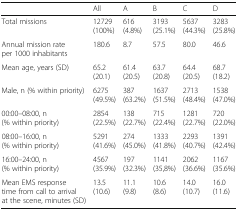
<table><thead><tr><td></td><td><b>All</b></td><td><b>A</b></td><td><b>B</b></td><td><b>C</b></td><td><b>D</b></td></tr></thead><tbody><tr><td>Total missions</td><td>12729 (100%)</td><td>616 (4.8%)</td><td>3193 (25.1%)</td><td>5637 (44.3%)</td><td>3283 (25.8%)</td></tr><tr><td>Annual mission rate per 1000 inhabitants</td><td>180.6</td><td>8.7</td><td>57.5</td><td>80.0</td><td>46.6</td></tr><tr><td>Mean age, years (SD)</td><td>65.2 (20.1)</td><td>61.4 (20.5)</td><td>63.7 (20.8)</td><td>64.4 (20.5)</td><td>68.7 (18.2)</td></tr><tr><td>Male, n (% within priority)</td><td>6275 (49.5%)</td><td>387 (63.2%)</td><td>1637 (51.5%)</td><td>2713 (48.4%)</td><td>1538 (47.0%)</td></tr><tr><td>00:00–08:00, n (% within priority)</td><td>2854 (22.5%)</td><td>138 (22.7%)</td><td>715 (22.4%)</td><td>1281 (22.7%)</td><td>720 (22.0%)</td></tr><tr><td>08:00–16:00, n (% within priority)</td><td>5291 (41.6%)</td><td>274 (45.0%)</td><td>1333 (41.8%)</td><td>2293 (40.7%)</td><td>1391 (42.4%)</td></tr><tr><td>16:00–24:00, n (% within priority)</td><td>4567 (35.9%)</td><td>197 (32.3%)</td><td>1141 (35,8%)</td><td>2062 (36.6%)</td><td>1167 (35.6%)</td></tr><tr><td>Mean EMS response time from call to arrival at the scene, minutes (SD)</td><td>13.5 (10.6)</td><td>11.1 (9.8)</td><td>10.6 (8.6)</td><td>14.0 (10.7)</td><td>16.0 (11.6)</td></tr></tbody></table>